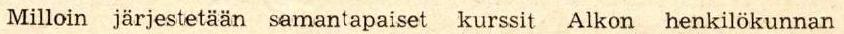
massa.